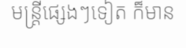
មន្ត្រីផ្សេងៗទៀត ក៏មាន